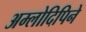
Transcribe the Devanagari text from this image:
अम्लोदिपिने